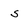
Character: 5